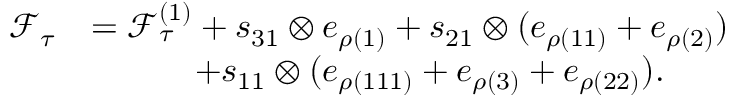
\begin{array} { r l } { \mathcal { F } _ { \tau } } & { = \mathcal { F } _ { \tau } ^ { ( 1 ) } + s _ { 3 1 } \otimes e _ { \rho ( { 1 } ) } + s _ { 2 1 } \otimes ( e _ { \rho ( { 1 1 } ) } + e _ { \rho ( { 2 } ) } ) } \\ & { \qquad \quad + s _ { 1 1 } \otimes ( e _ { \rho ( { 1 1 1 } ) } + e _ { \rho ( { 3 } ) } + e _ { \rho ( { 2 2 } ) } ) . } \end{array}